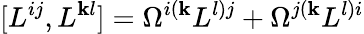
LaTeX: [L^{ij},L^{\mathbf{k}l}]=\Omega^{i(\mathbf{k}}L^{l)j}+\Omega^{j(\mathbf{k}}L^{l)i}